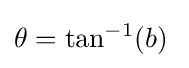
\theta =\tan ^{-1}(b)\;